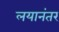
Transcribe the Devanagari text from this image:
लयानंतर